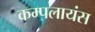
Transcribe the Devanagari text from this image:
कम्पलायंस